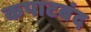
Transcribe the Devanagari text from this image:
कपाटबंद